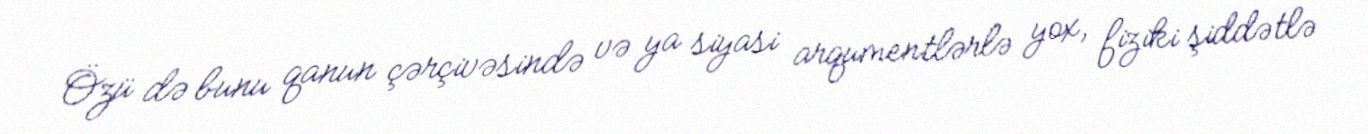
Özü də bunu qanun çərçivəsində və ya siyasi arqumentlərlə yox, fiziki şiddətlə